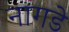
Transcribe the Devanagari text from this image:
नागडे